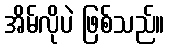
အိမ်လိုပဲ ဖြစ်သည်။